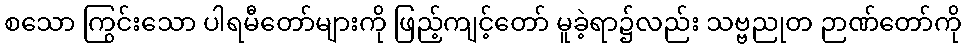
စသော ကြွင်းသော ပါရမီတော်များကို ဖြည့်ကျင့်တော် မူခဲ့ရာ၌လည်း သဗ္ဗညုတ ဉာဏ်တော်ကို